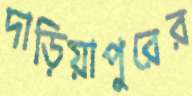
দাড়িয়াপুরের